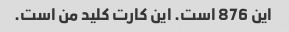
این 876 است. این کارت کلید من است.